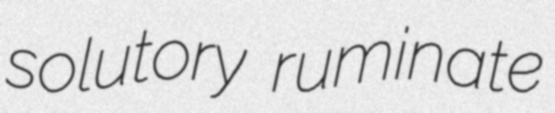
solutory ruminate